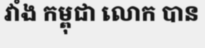
វាំង កម្ពុជា លោក បាន